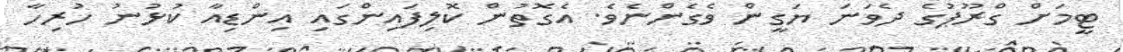
ޓީމަށް ގްރޫޕުގެ ދެވަނަ ޔަގީން ވެގެންނެވެ. އެގޮތުން ކޮލިފައިންގައި އިންޑިއާ ކުޅުނު ހުރިހާ